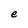
Character: e